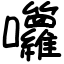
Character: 囖